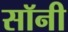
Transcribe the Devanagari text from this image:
सॉनी